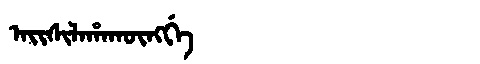
Manchu: ᠠᡳᠰᡳᠯᠠᡥᠠᡴᡡᠩᡤᡝ
Romanization: AISILAHAKŪNGGE